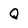
Character: Q